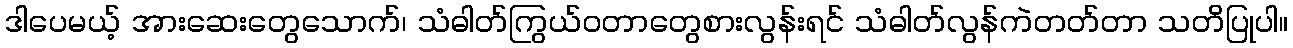
ဒါပေမယ့် အားဆေးတွေသောက်၊ သံဓါတ်ကြွယ်ဝတာတွေစားလွန်းရင် သံဓါတ်လွန်ကဲတတ်တာ သတိပြုပါ။